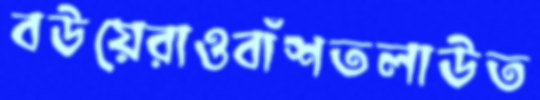
বউয়েরাওবাঁশতলাউত